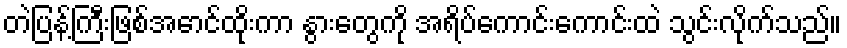
တဲပြန့်ကြီးဖြစ်အောင်ထိုးကာ နွားတွေကို အရိပ်ကောင်းကောင်းထဲ သွင်းလိုက်သည်။